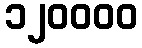
၁၂၀၀၀၀